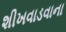
શીખવાડવાના